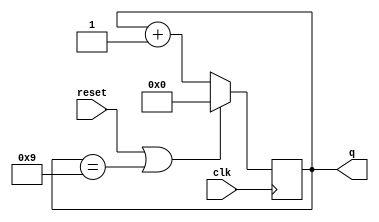
module top_module (
    input clk,
    input reset,        // Synchronous active-high reset
    output [3:0] q);

    initial q = 4'h0;

    always @(posedge clk) begin
        q <= (reset || q == 4'd9) ? 4'h0 : q + 1'b1;
    end

endmodule